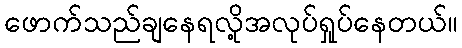
ဖောက်သည်ချနေရလို့အလုပ်ရှုပ်နေတယ်။